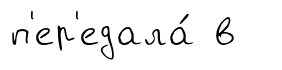
п'ер'едала́ в